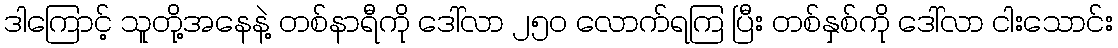
ဒါကြောင့် သူတို့အနေနဲ့ တစ်နာရီကို ဒေါ်လာ ၂၅၀ လောက်ရကြ ပြီး တစ်နှစ်ကို ဒေါ်လာ ငါးသောင်း